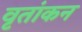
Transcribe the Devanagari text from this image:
वृतांकन